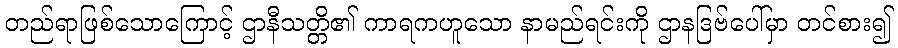
တည်ရာဖြစ်သောကြောင့် ဌာနီသတ္တိ၏ ကာရကဟူသော နာမည်ရင်းကို ဌာနဒြဗ်ပေါ်မှာ တင်စား၍